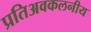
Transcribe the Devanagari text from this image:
प्रतिअवकलनीय